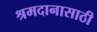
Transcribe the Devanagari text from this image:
श्रमदानासाठी